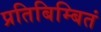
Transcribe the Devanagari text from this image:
प्रतिबिम्बितं